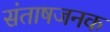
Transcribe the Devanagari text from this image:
संताषजनक